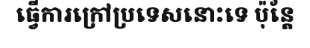
ធ្វើការក្រៅប្រទេសនោះទេ ប៉ុន្តែ